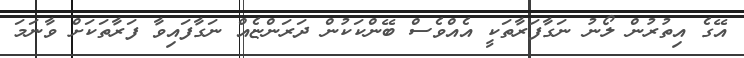
އޭގެ އިތުރުން ލޯނު ނަގާފަރާތަކީ އެއްވެސް ބޭންކަކުން ދަރަންޏެއް ނަގާފައިވާ ފަރާތަކަށް ވާނަމަ